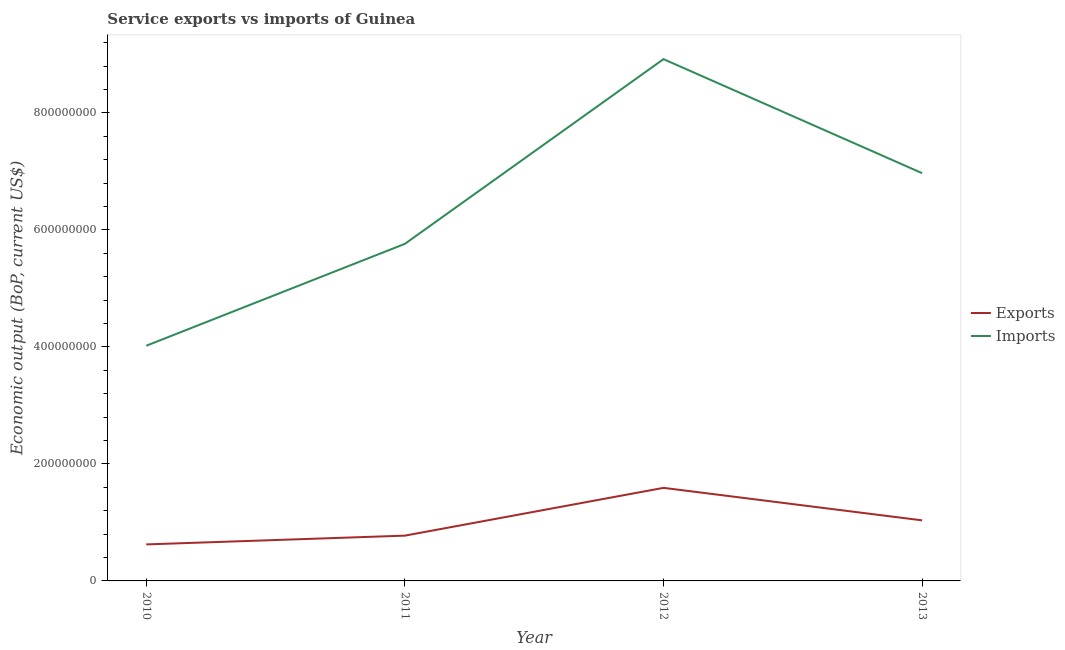
| Year | Exports | Imports |
 | --- | --- | --- |
 | 2010 | 6.24e+07 | 4.02e+08 |
 | 2011 | 7.74e+07 | 5.76e+08 |
 | 2012 | 1.59e+08 | 8.92e+08 |
 | 2013 | 1.04e+08 | 6.97e+08 |